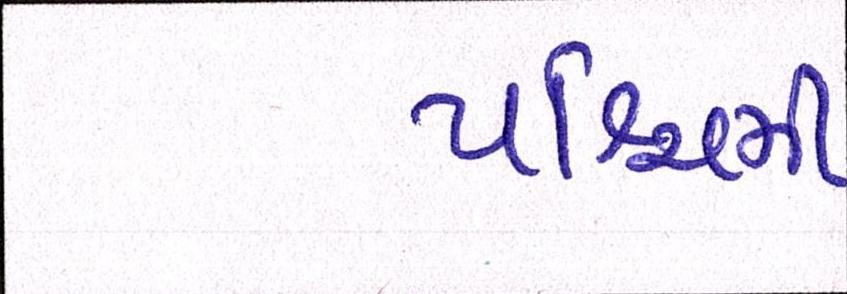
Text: પશ્ચિમી